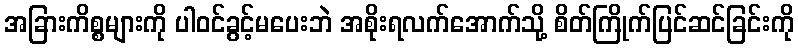
အခြားကိစ္စများကို ပါဝင်ခွင့်မပေးဘဲ အစိုးရလက်အောက်သို့ စိတ်ကြိုက်ပြင်ဆင်ခြင်းကို